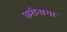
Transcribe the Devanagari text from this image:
करीनाचा